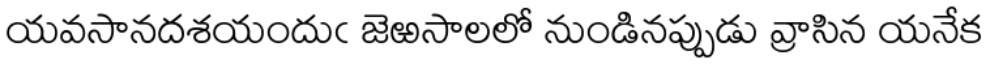
యవసానదశయందుఁ జెఱసాలలో నుండినప్పుడు వ్రాసిన యనేక